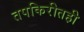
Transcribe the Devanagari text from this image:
तपकिरीतही